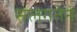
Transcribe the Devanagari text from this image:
सलगतेने